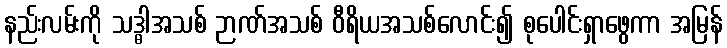
နည်းလမ်းကို သဒ္ဓါအသစ် ဉာဏ်အသစ် ဝီရိယအသစ်လောင်း၍ စုပေါင်းရှာဖွေကာ အမြန်